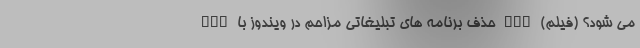
می شود؟ (فیلم) nan حذف برنامه های تبلیغاتی مزاحم در ویندوز با Adw